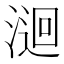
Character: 𭱫